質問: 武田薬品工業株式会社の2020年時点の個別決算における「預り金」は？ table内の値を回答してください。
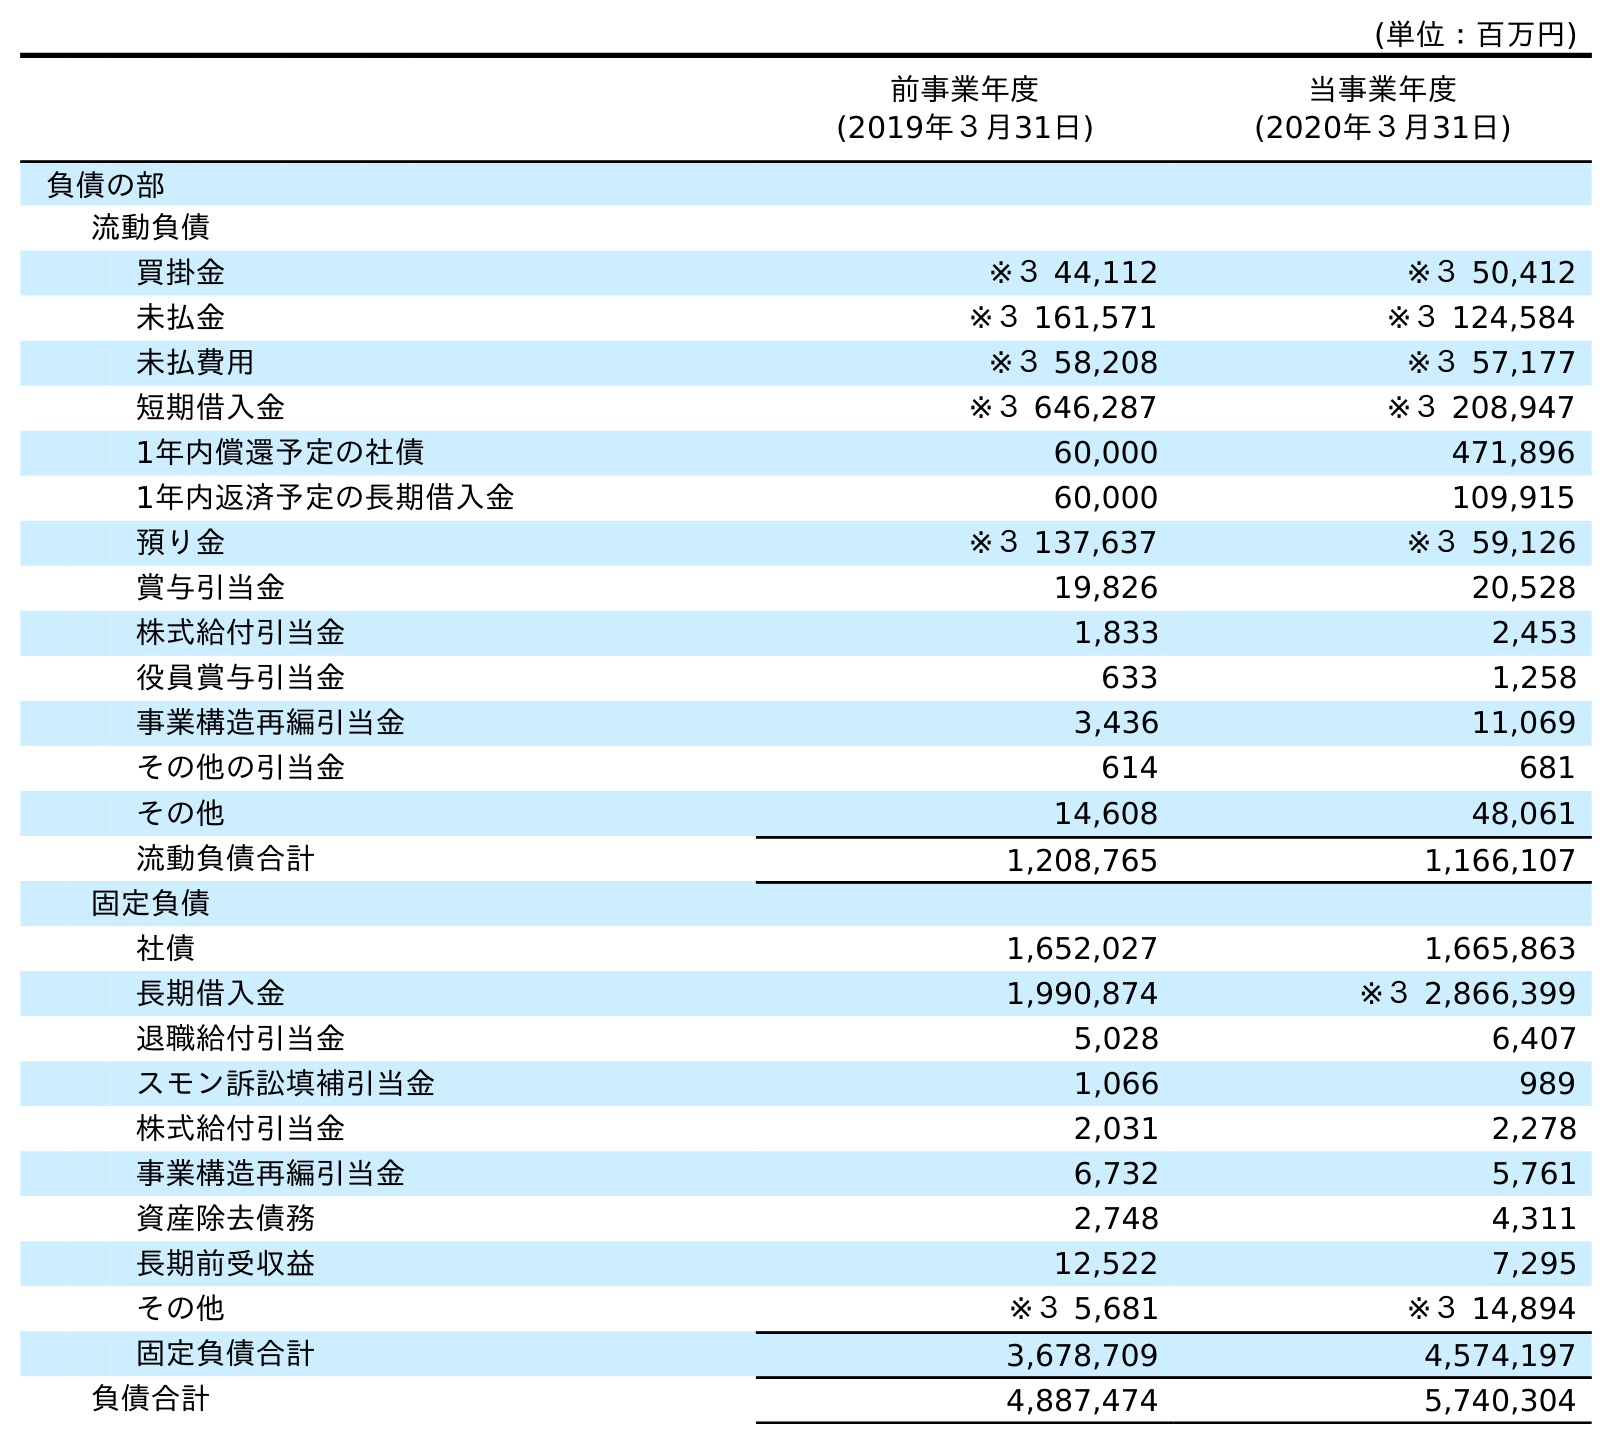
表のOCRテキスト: (単位：百万円) 前事業年度 (2019年３月31日) 当事業年度 (2020年３月31日) 負債の部 流動負債 買掛金 ※３ 44,112 ※３ 50,412 未払金 ※３ 161,571 ※３ 124,584 未払費用 ※３ 58,208 ※３ 57,177 短期借入金 ※３ 646,287 ※３ 208,947 1年内償還予定の社債 60,000 471,896 1年内返済予定の長期借入金 60,000 109,915 預り金 ※３ 137,637 ※３ 59,126 賞与引当金 19,826 20,528 株式給付引当金 1,833 2,453 役員賞与引当金 633 1,258 事業構造再編引当金 3,436 11,069 その他の引当金 614 681 その他 14,608 48,061 流動負債合計 1,208,765 1,166,107 固定負債 社債 1,652,027 1,665,863 長期借入金 1,990,874 ※３ 2,866,399 退職給付引当金 5,028 6,407 スモン訴訟填補引当金 1,066 989 株式給付引当金 2,031 2,278 事業構造再編引当金 6,732 5,761 資産除去債務 2,748 4,311 長期前受収益 12,522 7,295 その他 ※３ 5,681 ※３ 14,894 固定負債合計 3,678,709 4,574,197 負債合計 4,887,474 5,740,304
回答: ※３59,126